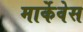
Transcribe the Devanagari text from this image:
मार्केवेस